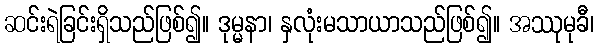
ဆင်းရဲခြင်းရှိသည်ဖြစ်၍။ ဒုမ္မနာ၊ နှလုံးမသာယာသည်ဖြစ်၍။ အဿုမုခီ၊